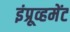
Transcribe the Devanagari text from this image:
इंप्रूव्हमेंट